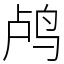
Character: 鸬